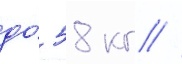
до́ 58 кг //